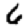
Digit: 6